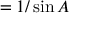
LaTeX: = { 1 / \sin A }